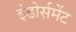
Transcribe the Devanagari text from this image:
इंडोर्समेंट